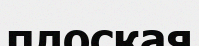
плоская